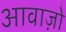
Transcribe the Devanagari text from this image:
आवाज़ो